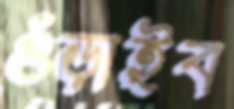
গুঁড়াইব